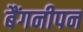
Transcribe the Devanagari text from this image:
बैंगनीपन